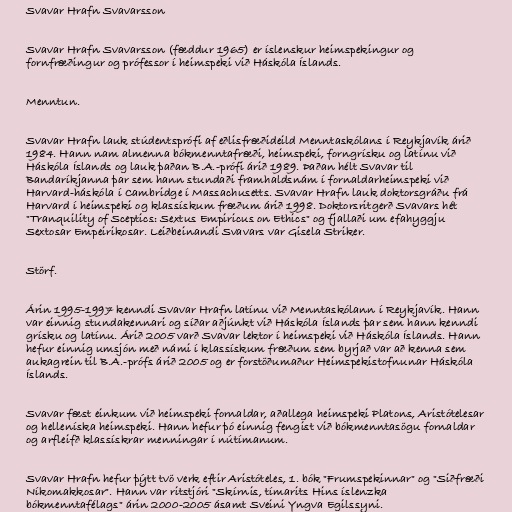
Svavar Hrafn Svavarsson

Svavar Hrafn Svavarsson (fæddur 1965) er íslenskur heimspekingur og
fornfræðingur og prófessor í heimspeki við Háskóla Íslands.

Menntun.

Svavar Hrafn lauk stúdentsprófi af eðlisfræðideild Menntaskólans í Reykjavík árið
1984. Hann nam almenna bókmenntafræði, heimspeki, forngrísku og latínu við
Háskóla Íslands og lauk þaðan B.A.-prófi árið 1989. Þaðan hélt Svavar til
Bandaríkjanna þar sem hann stundaði framhaldsnám í fornaldarheimspeki við
Harvard-háskóla í Cambridge í Massachusetts. Svavar Hrafn lauk doktorsgráðu frá
Harvard í heimspeki og klassískum fræðum árið 1998. Doktorsritgerð Svavars hét
"Tranquility of Sceptics: Sextus Empiricus on Ethics" og fjallaði um efahyggju
Sextosar Empeirikosar. Leiðbeinandi Svavars var Gisela Striker.

Störf.

Árin 1995-1997 kenndi Svavar Hrafn latínu við Menntaskólann í Reykjavík. Hann
var einnig stundakennari og síðar aðjúnkt við Háskóla Íslands þar sem hann kenndi
grísku og latínu. Árið 2005 varð Svavar lektor í heimspeki við Háskóla Íslands. Hann
hefur einnig umsjón með námi í klassískum fræðum sem byrjað var að kenna sem
aukagrein til B.A.-prófs árið 2005 og er forstöðumaður Heimspekistofnunar Háskóla
Íslands.

Svavar fæst einkum við heimspeki fornaldar, aðallega heimspeki Platons, Aristótelesar
og helleníska heimspeki. Hann hefur þó einnig fengist við bókmenntasögu fornaldar
og arfleifð klassískrar menningar í nútímanum.

Svavar Hrafn hefur þýtt tvö verk eftir Aristóteles, 1. bók "Frumspekinnar" og "Siðfræði
Níkomakkosar". Hann var ritstjóri "Skírnis, tímarits Hins íslenzka
bókmenntafélags" árin 2000-2005 ásamt Sveini Yngva Egilssyni.